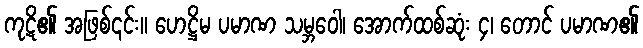
ကုဋိ၏ အဖြစ်၎င်း။ ဟေဋ္ဌိမ ပမာဏ သမ္ဘဝေါ၊ အောက်ထစ်ဆုံး ၄၊ တောင် ပမာဏ၏